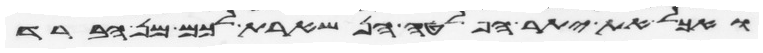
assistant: ואכל את יתר הפלטה הנשארת לכם מן הברד